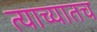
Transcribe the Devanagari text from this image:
त्याच्यातच